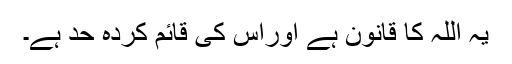
یہ اللہ کا قانون ہے اوراس کی قائم کردہ حد ہے۔